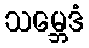
သမ္ဘေဒံ